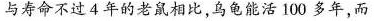
与寿命不过4年的老鼠相比，乌龟能活100多年，而